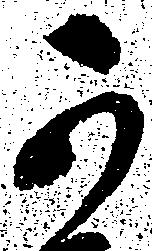
可